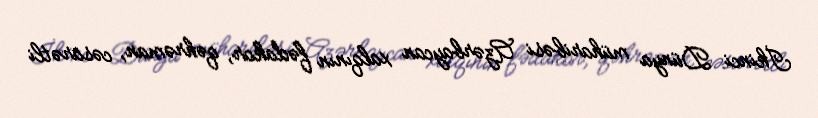
İkinci Dünya müharibəsi Azərbaycan xalqının fədakar, qəhrəman, cəsarətli